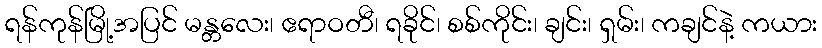
ရန်ကုန်မြို့အပြင် မန္တလေး၊ ဧရာဝတီ၊ ရခိုင်၊ စစ်ကိုင်း၊ ချင်း၊ ရှမ်း၊ ကချင်နဲ့ ကယား